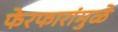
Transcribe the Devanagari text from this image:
फेरफारांमुळे